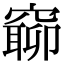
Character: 窷